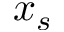
x _ { s }